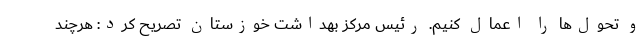
و تحول‌ها را اعمال کنیم. رئیس مرکز بهداشت خوزستان تصریح کرد: هرچند